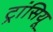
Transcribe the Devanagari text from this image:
ट्रांसियू